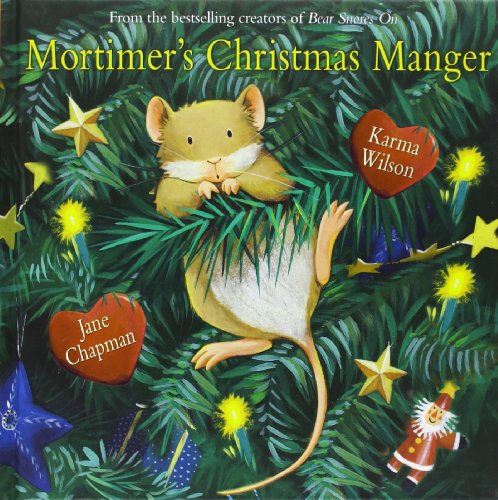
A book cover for Mortimer's Christmas Manger; Karma Wilson; Children's Books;